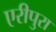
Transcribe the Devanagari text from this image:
एरीपुरा